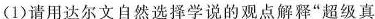
(1)请用达尔文自然选择学说的观点解释”超级真